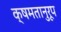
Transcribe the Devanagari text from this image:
क्षमतानुरूप